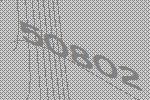
50802